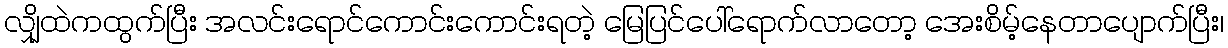
လျှိုထဲကထွက်ပြီး အလင်းရောင်ကောင်းကောင်းရတဲ့ မြေပြင်ပေါ်ရောက်လာတော့ အေးစိမ့်နေတာပျောက်ပြီး၊